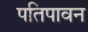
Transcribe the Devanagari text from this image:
पतिपावन